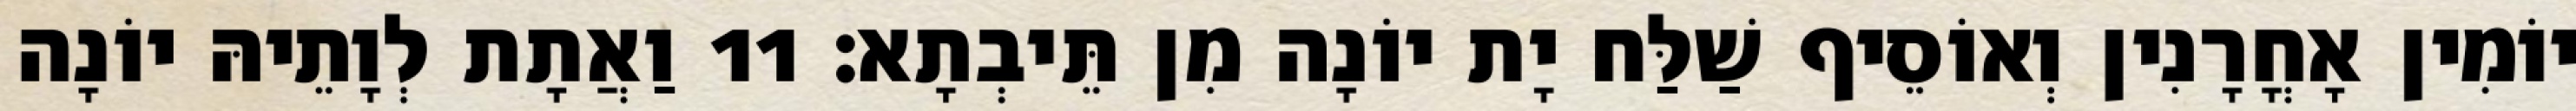
יוֹמִין אָחֳרָנִין וְאוֹסֵיף שַׁלַּח יָת יוֹנָה מִן תֵּיבְתָא׃ 11 וַאֲתָת לְוָתֵיהּ יוֹנָה